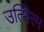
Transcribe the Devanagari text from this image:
उत्थिरम